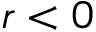
r < 0